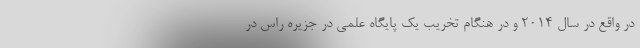
در واقع در سال ۲۰۱۴ و در هنگام تخریب یک پایگاه علمی در جزیره راس در